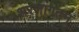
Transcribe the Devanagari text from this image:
शरणागतम्‌